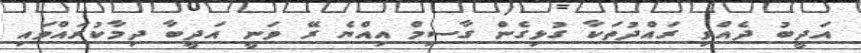
އަދީބު ދެއްވި ރައްދުތަކާ ގުޅިގެން ގާސިމް އިއްޔެ ރޭ ވަނީ އަދީބާ ދިމާކުރައްވައި